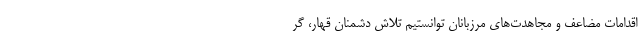
اقدامات مضاعف و مجاهدت‌های مرزبانان توانستیم تلاش دشمنان قهار، گر